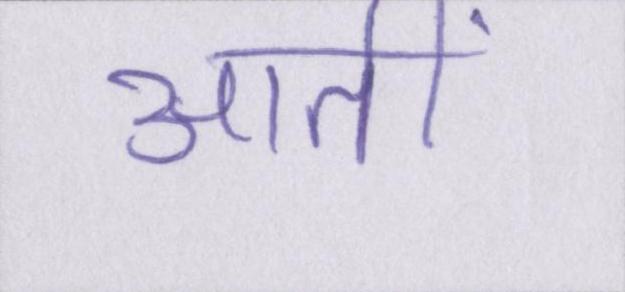
आतीं